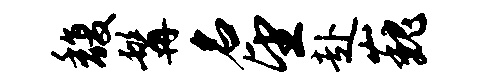
馥髯名望赴巍